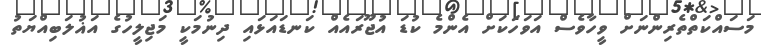
މަސައްކަތްތެރިންނަށް ވީހާވެސް އަަވަހަކަށް އެންމެ ކުޑަ އުޖޫރައެއް ކަނޑައަޅައި ދިނުމަކީ މަޖިލީހުގެ އަޣުލަބިއްޔަތު